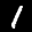
Label: 1